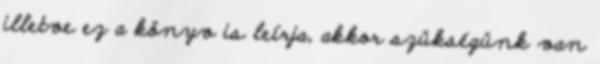
illetve ez a könyv is leírja, akkor szükségünk van